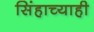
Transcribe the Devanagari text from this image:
सिंहाच्याही